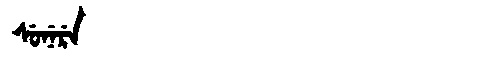
Manchu: ᠰᡠᠨᡝᡵᡝ
Romanization: SUNERE